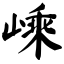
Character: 嵊